Elephants and their diseases
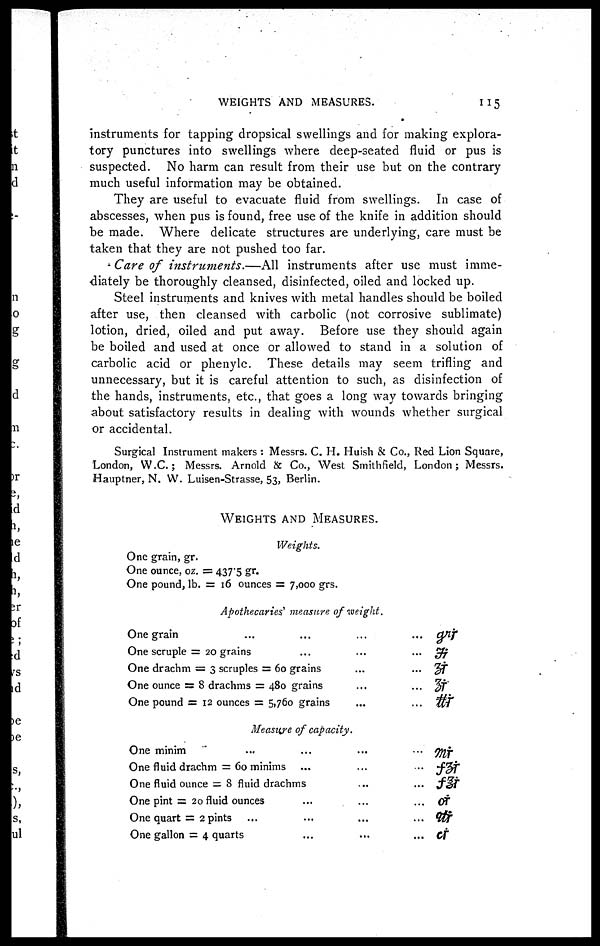
WEIGHTS AND MEASURES.
115
instruments for tapping dropsical swellings and for making explora-
tory punctures into swellings where deep-seated fluid or pus is
suspected. No harm can result from their use but on the contrary
much useful information may be obtained.
They are useful to evacuate fluid from swellings. In case of
abscesses, when pus is found, free use of the knife in addition should
be made. Where delicate structures are underlying, care must be
taken that they are not pushed too far.
Care of instruments.—All
instruments after use must imme-
diately be thoroughly cleansed, disinfected, oiled and locked up.
Steel instruments and knives with metal handles should be boiled
after use, then cleansed with carbolic (not corrosive sublimate)
lotion, dried, oiled and put away. Before use they should again
be boiled and used at once or allowed to stand in a solution of
carbolic acid or phenyle. These details may seem trifling and
unnecessary, but it is careful attention to such, as disinfection of
the hands, instruments, etc., that goes a long way towards bringing
about satisfactory results in dealing with wounds whether surgical
or accidental.
Surgical Instrument makers : Messrs. C. H. Huish & Co., Red Lion Square,
London, W.C.; Messrs. Arnold & Co., West Smithfield, London; Messrs.
Hauptner, N. W. Luisen-Strasse, 53, Berlin.
WEIGHTS AND MEASURES.
One grain, gr.
One ounce, oz.
One pound, lb.
Weights,
= 437.5 gr.
= 16 ounces = 7,000 grs.
Apothecaries' measure of weight.
One grain
One scruple
One drachm
One ounce
One pound
...
=20 grains
= 3 scruples
=8 drachms
= 12 ounces
...
...
= 60 grains
= 480 grains
= 5,760 grains
...
...
...
...
...
...
...
...
...
...
Measure of capacity.
One minim
One fluid drachm
One fluid ounce
One pint
One quart
One gallon
...
= 60 minims...
= 8 fluid drachms
=20 fluidounces...
=
2
pints...
= 4 quarts..
...
...
...
...
...
...
...
...
...
...
...
...